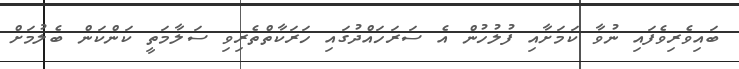
ބައިވެރިވެފައި ނުވާ ކަމަށާއި ފުލުހުން އެ ސަރަހައްދުގައި ހަރަކާތްތެރިވި ސަލާމަތީ ކަންކަން ބެލުމަށް